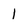
Character: l